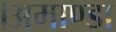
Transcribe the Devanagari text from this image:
।अमाण्डा